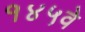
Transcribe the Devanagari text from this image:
१४५वे